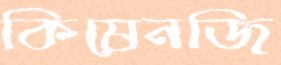
কিষেনজি